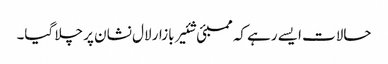
حالات ایسے رہے کہ ممبئی شئیر بازار لال نشان پر چلا گیا۔